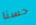
حسنا